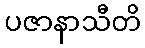
ပဇာနာသီတိ